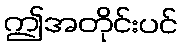
ဤအတိုင်းပင်